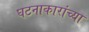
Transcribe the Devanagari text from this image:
घटनाकारांच्या